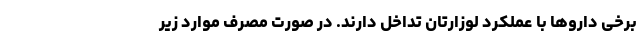
برخی داروها با عملکرد لوزارتان تداخل دارند. در صورت مصرف موارد زیر